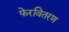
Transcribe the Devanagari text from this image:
फेरवितरण